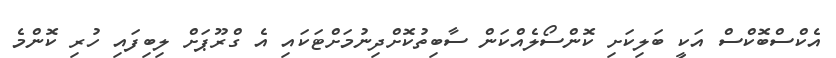
އެކްސްބޮކްސް އަކީ ބަލިކަށި ކޮންސޯލެއްކަން ސާބިތުކޮށްދިނުމަށްޓަކައި އެ ގްރޫޕަށް ލިބިފައި ހުރި ކޮންމެ